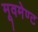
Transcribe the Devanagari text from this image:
मूवमेण्ट